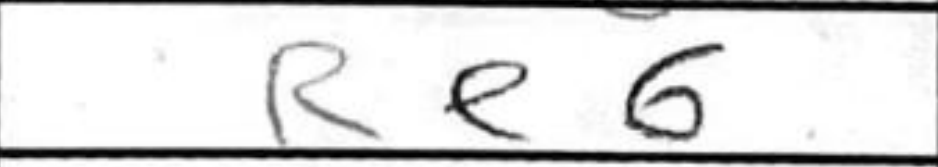
Transcription: Re6